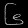
Digit: ၆